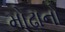
મોઢાનો